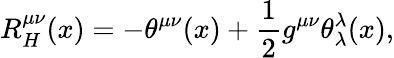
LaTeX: R_{H}^{\mu\nu}(x)=-\theta^{\mu\nu}(x)+\frac{1}{2}g^{\mu\nu}\theta_{\lambda}^{\lambda}(x),